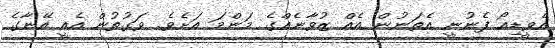
އެވީޑިއޯ ފެނުނީ އެތަނުން އެއް ޒުވާނެއްގެ މަންމަ އަށެވެ. ވަގުތުން އެއީ އޭނާގެ